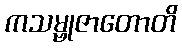
ကသမ္ဗုဇာတောတိ